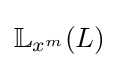
\mathbb {L} _{x^{m}}(L)